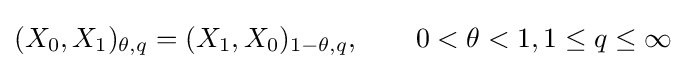
(X_{0},X_{1})_{\theta ,q}=(X_{1},X_{0})_{1-\theta ,q},\qquad 0<\theta <1,1\leq q\leq \infty